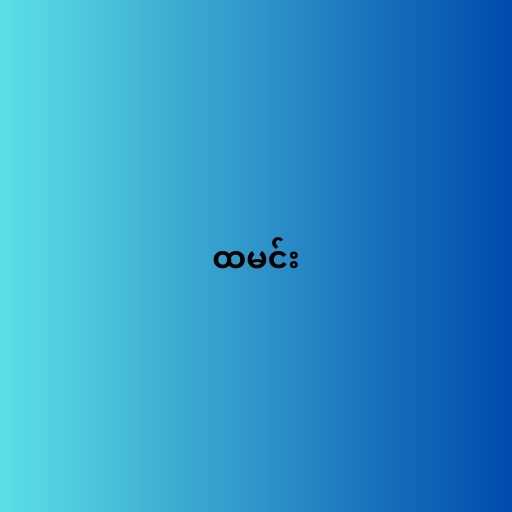
ထမင်း